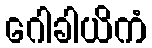
ဂေါခါယိကံ